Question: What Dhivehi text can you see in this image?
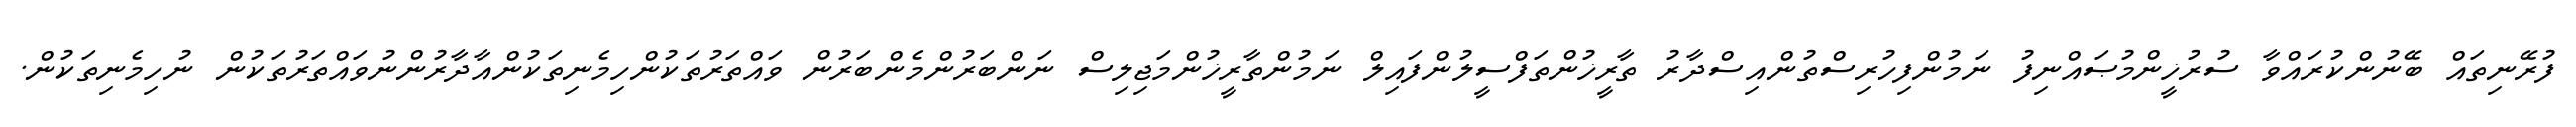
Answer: ފުރޭނިތައް ބޭނުންކުރައްވާ ސުރުޚީންމުޞައްނިފު ނަމުންފިހުރިސްތުންއިސްދާރު ތާރީޚުންތަފްސީލުންފައިލް ނަމުންތާރީޚުންމަޖިލިސް ނަންބަރުންމެންބަރުން ވައްތަރުތަކުންހިމެނިތަކުންއާދާރުންނުވައްތަރުތަކުން ނުހިމެނިތަކުން.